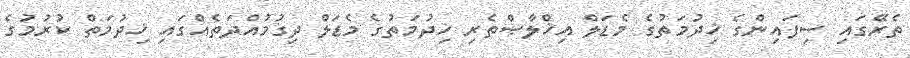
ތެރޭގައި ސިފައިންގެ ޚިދުމަތުގެ މެޑަލް އިޚްލާޞްތެރި ޚިދުމަތުގެ މެޑަލް ދިގުމުއްދަތެއްގައި ޚިދުމަތް ކުރުމުގެ